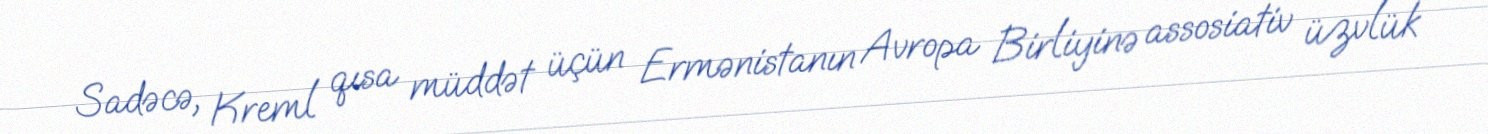
Sadəcə, Kreml qısa müddət üçün Ermənistanın Avropa Birliyinə assosiativ üzvlük